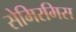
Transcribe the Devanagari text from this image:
सेमिरमिस